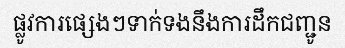
ផ្លូវការផ្សេងៗទាក់ទងនឹងការដឹកជញ្ជូន